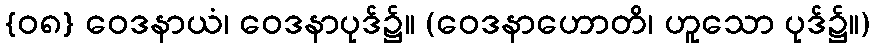
{၀၈} ဝေဒနာယံ၊ ဝေဒနာပုဒ်၌။ (ဝေဒနာဟောတိ၊ ဟူသော ပုဒ်၌။)